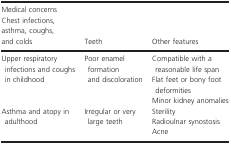
| <COLSPAN=3> Medical concerns |
 | Chest infections, asthma, coughs, and colds | Teeth | Other features |
 | --- | --- | --- |
 | <ROWSPAN=3> Upper respiratory infections and coughs in childhood | <ROWSPAN=3> Poor enamel formation and discoloration | Compatible with a reasonable life span |
 | Flat feet or bony foot deformities |
 | Minor kidney anomalies |
 | <ROWSPAN=3> Asthma and atopy in adulthood | <ROWSPAN=3> Irregular or very large teeth | Sterility |
 | Radioulnar synostosis |
 | Acne |